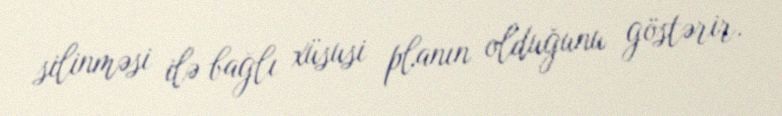
silinməsi ilə bağlı xüsusi planın olduğunu göstərir.